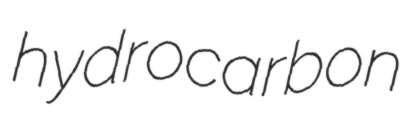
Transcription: hydrocarbon